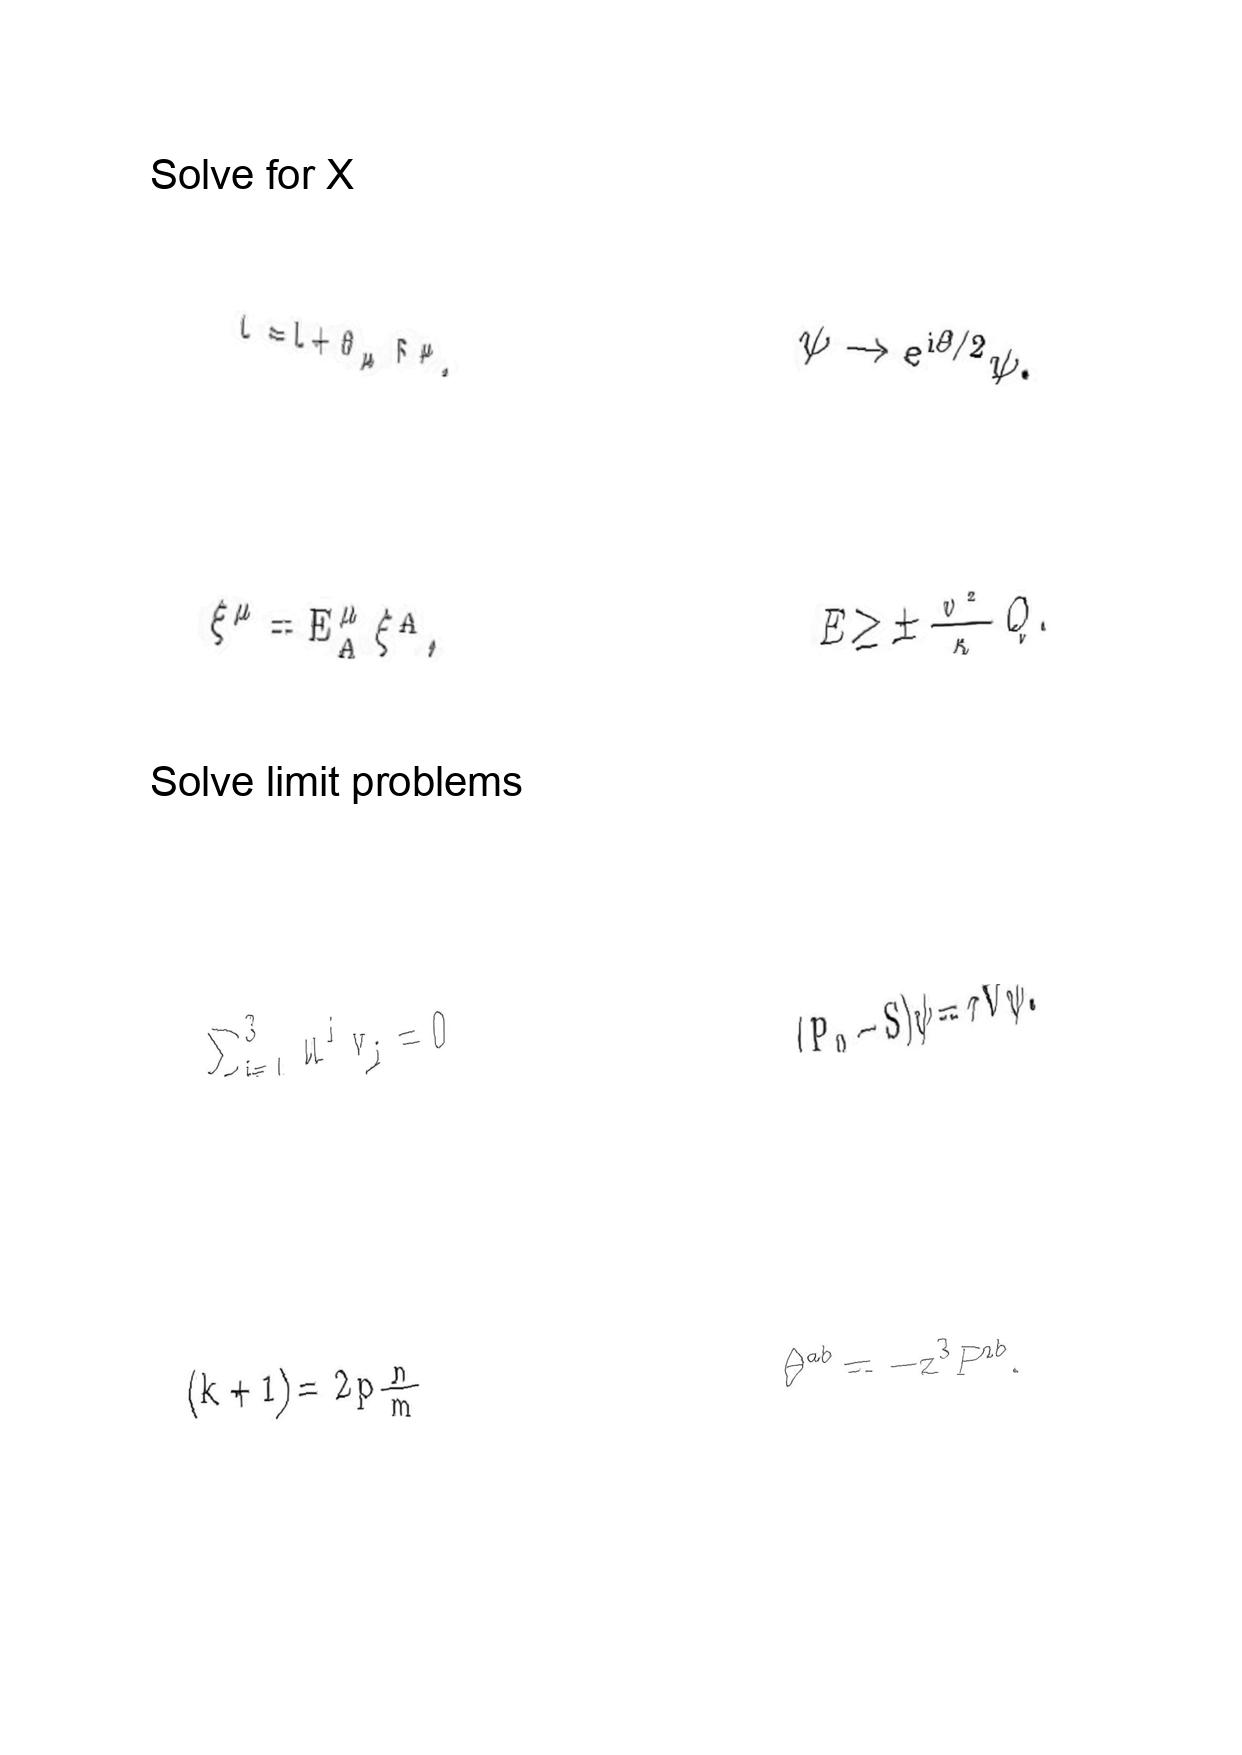
LaTeX transcription:
\bar { L } = L + \partial _ { \mu } F ^ { \mu } ,
\xi ^ { \mu } = E _ { A } ^ { \mu } \xi ^ { A } ,
\sum _ { i = 1 } ^ { 3 } u ^ { i } v _ { i } = 0
\lparen k + 1 \rparen = 2 p \frac { n } { m }
\psi \rightarrow e ^ { i \theta / 2 } \psi .
E \ge \pm \frac { v ^ { 2 } } { \kappa } Q .
\lparen P _ { 0 } - S \rparen \psi = \tau V \psi .
\theta ^ { a b } = - z ^ { 3 } P ^ { a b } .